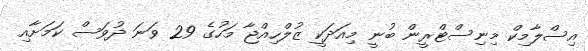
އިސްލާމިކް މިނިސްޓްރީން ބުނީ މިއަދަކީ ޒުލްހިއްޖާ މަހުގެ 29 ވަނަ ދުވަސް ކަމަށާއި